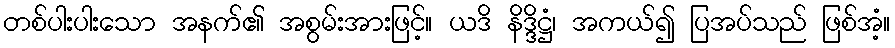
တစ်ပါးပါးသော အနက်၏ အစွမ်းအားဖြင့်။ ယဒိ နိဒ္ဒိဋ္ဌံ၊ အကယ်၍ ပြအပ်သည် ဖြစ်အံ့။